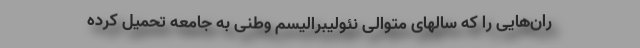
ران‌هایی را که سالهای متوالی نئولیبرالیسم وطنی به جامعه تحمیل کرده